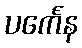
ပင်္ကေန